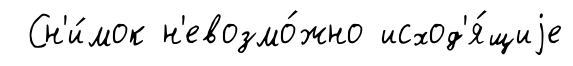
Сн'и́мок н'евозмо́жно исход'я́щиjе